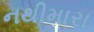
નથીમારા